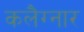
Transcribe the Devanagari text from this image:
कलैग्नार